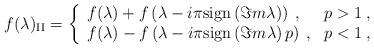
LaTeX: \begin{align*}f(\lambda )_{\mathrm{II}}=\left\{ \begin{array}{ll}f(\lambda )+f\left( \lambda -i\pi \mathrm{sign}\left( \Im m\lambda \right) \right) \: , & p>1\: ,\\f(\lambda )-f\left( \lambda -i\pi \mathrm{sign}\left( \Im m\lambda \right)p \right) \: , & p<1\: ,\end{array}\right.\end{align*}